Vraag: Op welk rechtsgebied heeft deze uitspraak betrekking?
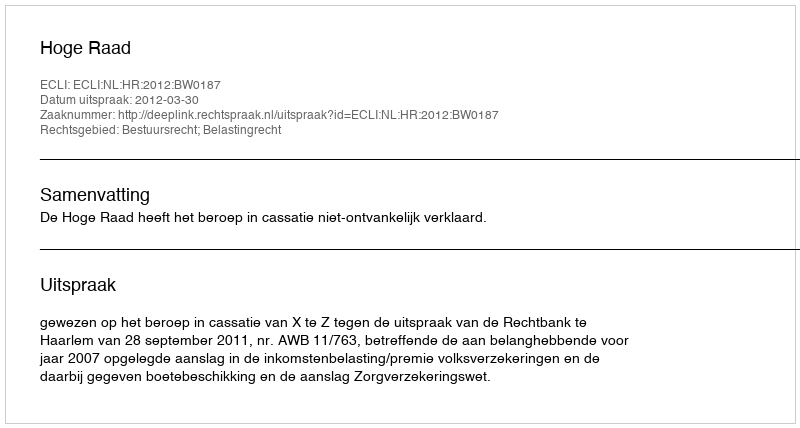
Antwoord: Bestuursrecht; Belastingrecht